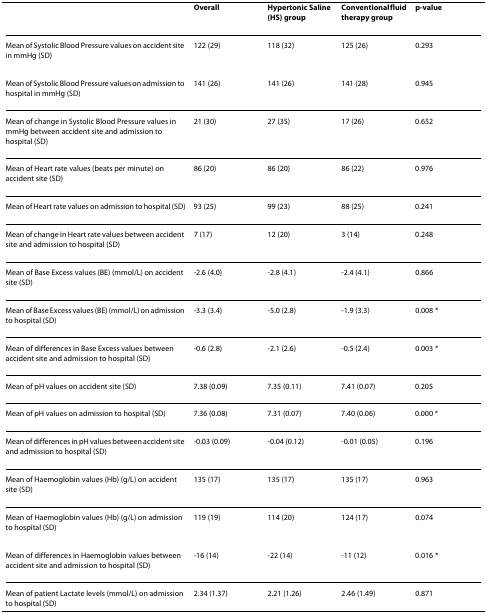
<table><thead><tr><td></td><td><b>Overall</b></td><td><b>Hypertonic Saline (HS) group</b></td><td><b>Conventional fluid therapy group</b></td><td><b>p-value</b></td></tr></thead><tbody><tr><td>Mean of Systolic Blood Pressure values on accident site in mmHg (SD)</td><td>122 (29)</td><td>118 (32)</td><td>125 (26)</td><td>0.293</td></tr><tr><td>Mean of Systolic Blood Pressure values on admission to hospital in mmHg (SD)</td><td>141 (26)</td><td>141 (26)</td><td>141 (28)</td><td>0.945</td></tr><tr><td>Mean of change in Systolic Blood Pressure values in mmHg between accident site and admission to hospital (SD)</td><td>21 (30)</td><td>27 (35)</td><td>17 (26)</td><td>0.652</td></tr><tr><td>Mean of Heart rate values (beats per minute) on accident site (SD)</td><td>86 (20)</td><td>86 (20)</td><td>86 (22)</td><td>0.976</td></tr><tr><td>Mean of Heart rate values on admission to hospital (SD)</td><td>93 (25)</td><td>99 (23)</td><td>88 (25)</td><td>0.241</td></tr><tr><td>Mean of change in Heart rate values between accident site and admission to hospital (SD)</td><td>7 (17)</td><td>12 (20)</td><td>3 (14)</td><td>0.248</td></tr><tr><td>Mean of Base Excess values (BE) (mmol/L) on accident site (SD)</td><td>-2.6 (4.0)</td><td>-2.8 (4.1)</td><td>-2.4 (4.1)</td><td>0.866</td></tr><tr><td>Mean of Base Excess values (BE) (mmol/L) on admission to hospital (SD)</td><td>-3.3 (3.4)</td><td>-5.0 (2.8)</td><td>-1.9 (3.3)</td><td>0.008 *</td></tr><tr><td>Mean of differences in Base Excess values between accident site and admission to hospital (SD)</td><td>-0.6 (2.8)</td><td>-2.1 (2.6)</td><td>-0.5 (2.4)</td><td>0.003 *</td></tr><tr><td>Mean of pH values on accident site (SD)</td><td>7.38 (0.09)</td><td>7.35 (0.11)</td><td>7.41 (0.07)</td><td>0.205</td></tr><tr><td>Mean of pH values on admission to hospital (SD)</td><td>7.36 (0.08)</td><td>7.31 (0.07)</td><td>7.40 (0.06)</td><td>0.000 *</td></tr><tr><td>Mean of differences in pH values between accident site and admission to hospital (SD)</td><td>-0.03 (0.09)</td><td>-0.04 (0.12)</td><td>-0.01 (0.05)</td><td>0.196</td></tr><tr><td>Mean of Haemoglobin values (Hb) (g/L) on accident site (SD)</td><td>135 (17)</td><td>135 (17)</td><td>135 (17)</td><td>0.963</td></tr><tr><td>Mean of Haemoglobin values (Hb) (g/L) on admission to hospital (SD)</td><td>119 (19)</td><td>114 (20)</td><td>124 (17)</td><td>0.074</td></tr><tr><td>Mean of differences in Haemoglobin values between accident site and admission to hospital (SD)</td><td>-16 (14)</td><td>-22 (14)</td><td>-11 (12)</td><td>0.016 *</td></tr><tr><td>Mean of patient Lactate levels (mmol/L) on admission to hospital (SD)</td><td>2.34 (1.37)</td><td>2.21 (1.26)</td><td>2.46 (1.49)</td><td>0.871</td></tr></tbody></table>